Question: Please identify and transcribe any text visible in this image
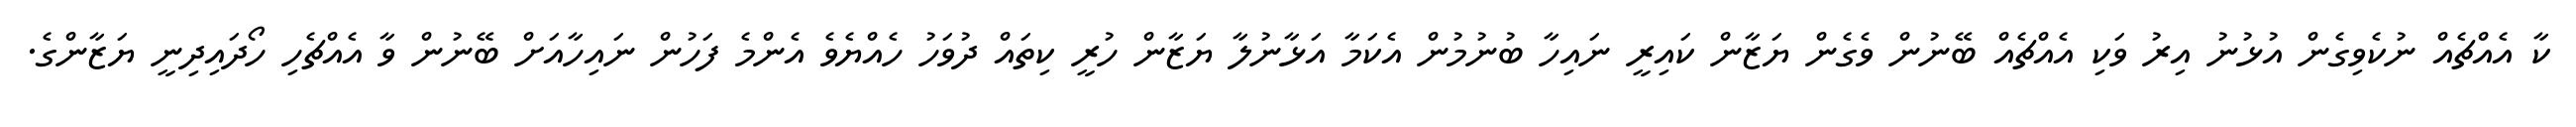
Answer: ކާ އެއްޗެއް ނުކެވިގެން އުޅުނު އިރު ވަކި އެއްޗެއް ބޭނުން ވެގެން ޔަޒާން ކައިރީ ނައިހާ ބުނުމުން އެކަމާ އަޅާނުލާ ޔަޒާން ހުރީ ކިތައް ދުވަހު ހެއްޔެވެ އެންމެ ފަހުން ނައިހާއަށް ބޭނުން ވާ އެއްޗެހި ހޯދައިދިނީ ޔަޒާންގެ.